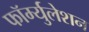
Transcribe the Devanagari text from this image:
फॉर्म्युलेशन